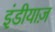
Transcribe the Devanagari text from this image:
इंडीयाज़